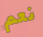
نعم